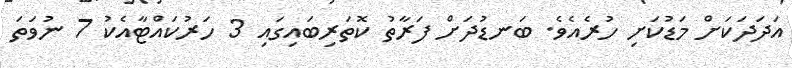
އަދަދަކަށް މަޑުކަށި ހުރެއެވެ. ބަނޑުދަށް ފަރާތު ކޮތަރިބައިގައި 3 ހަރުކައްޓާއެކު 7 ނުވަތަ